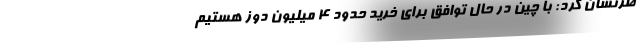
طرنشان کرد: با چین در حال توافق برای خرید حدود ۴ میلیون دوز هستیم